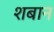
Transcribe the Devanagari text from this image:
शबान